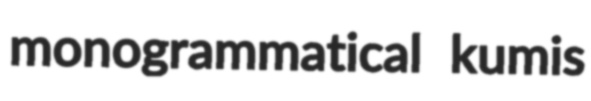
monogrammatical kumis